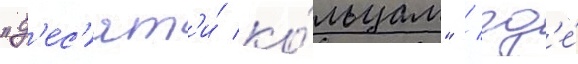
"д'ес'ят'и́ ко́льцам" / гд'е́